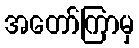
အတော်ကြာမှ